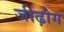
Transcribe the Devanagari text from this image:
जीढ़ोग